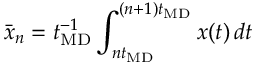
\bar { x } _ { n } = t _ { \mathrm { M D } } ^ { - 1 } \int _ { n t _ { \mathrm { M D } } } ^ { ( n + 1 ) t _ { \mathrm { M D } } } x ( t ) \, d t